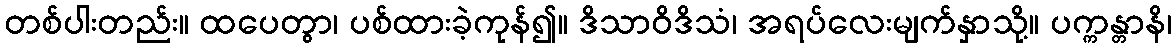
တစ်ပါးတည်း။ ထပေတွာ၊ ပစ်ထားခဲ့ကုန်၍။ ဒိသာဝိဒိသံ၊ အရပ်လေးမျက်နှာသို့။ ပက္ကန္တာနိ၊